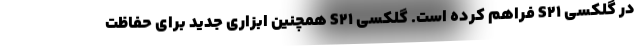
در گلکسی S21 فراهم کرده است. گلکسی S21 همچنین ابزاری جدید برای حفاظت